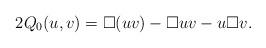
LaTeX: \begin{align*}2Q_0(u,v) = \Box(uv) - \Box u v - u \Box v.\end{align*}